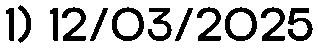
1) 12/03/2025